Report of the Indian Hemp Drugs Commission, 1894-1895 - Volume V
Year: 1894
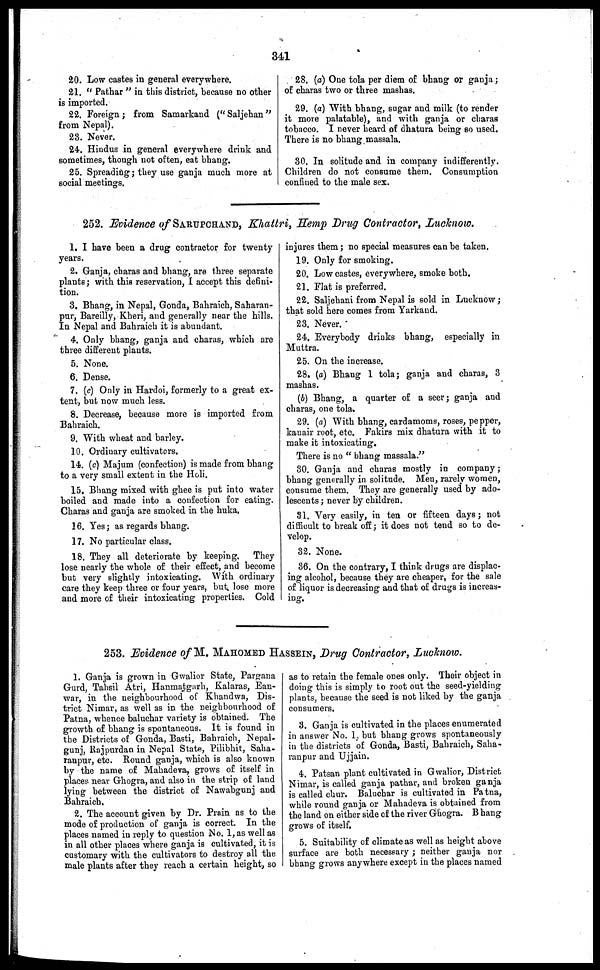
20. Low castes in general everywhere.
21. "Pathar" in this district, because no other
is imported.
22. Foreign ; from Samarkand ("Saljehan"
from Nepal).
28. Never.
24. Hindus in general everywhere drink and
sometimes, though not often, eat bhang.
25. Spreading ; they use ganja much more at
social meetings.
28. (a) One tola per diem of bhang or ganja ;
of charas two or three mashas.
29. (a) With bhang, sugar and milk (to render
it more palatable), and with ganja or charas
tobacco. I never heard of dhatura being so used.
There is no bhang massala.
30. In solitude and in company indifferently.
Children do not consume them. Consumption
confined to the male sex.
252. Evidence of SARUPCHAND, Khattri, Hemp Drug Contractor, Lucknow.
1. I have been a drug contractor for twenty
years.
2. Ganja, charas and bhang, are three separate
plants ; with this reservation, I accept this defini-
tion.
3. Bhang, in Nepal, Gonda, Bahraich, Saharan-
pur, Bareilly, Kheri, and generally near the hills.
In Nepal and Bahraich it is abundant.
4. Only bhang, ganja and charas, which are
three different plants.
5. None.
6. Dense.
7. (c) Only in Hardoi, formerly to a great ex-
tent, but now much less.
8. Decrease, because more is imported from
Bahraich.
9. With wheat and barley.
10. Ordinary cultivators.
14. (c) Majum (confection) is made from bhang
to a very small extent in the Holi.
15. Bhang mixed with ghee is put into water
boiled and made into a confection for eating.
Charas and ganja are smoked in the huka.
16. Yes ; as regards bhang.
17. No particular class.
18. They all deteriorate by keeping. They
lose nearly the whole of their effect, and become
but very slightly intoxicating. With ordinary
care they keep three or four years, but. lose more
and more of their intoxicating properties. Cold
injures them ; no special measures can be taken.
19. Only for smoking.
20. Low castes, everywhere, smoke both.
21. Flat is preferred.
22. Saljehani from Nepal is sold in Lucknow ;
that sold here comes from Yarkand.
23. Never.
24. Everybody drinks bhang, especially in
Muttra.
25. On the increase.
28. (c) Bhang 1 tola; ganja and charas, 3
mashas.
(b) Bhang, a quarter of a seer ; ganja and
charas, one tola.
29. (a) With bhang, cardamoms, roses, pepper,
kanair root, etc. Fakirs mix dhatura with it to
make it intoxicating.
There is no "bhang massala."
30. Ganja and charas mostly in company ;
bhang generally in solitude. Men, rarely women,
consume them. They are generally used by ado-
lescents ; never by children.
81. Very easily, in ten or fifteen days ; not
difficult to break off ; it does not tend so to de-
velop.
32. None.
36. On the contrary, I think drugs are displac-
ing alcohol, because they are cheaper, for the sale
of liquor is decreasing and that of drugs is increas-
ing.
253. Evidence of M. MAHOMEND HASSEIN, Drug Contractor, Lucknow.
1. Ganja is grown in Gwalior State, Pargana
Gurd, Tahsil Atri, Hanmatgarh, Kalaras, Ean-
war, in the neighbourhood of Khandwa, Dis-
trict Nimar, as well as in the neighbourhood of
Patna, whence baluchar variety is obtained. The
growth of bhang is spontaneous. It is found in
the Districts of Gonda, Basti, Bahraich, Nepal-
gunj, Rajpurdan in Nepal State, Pilibhit, Saha-
ranpur, etc. Round ganja, which is also known
by the name of Mahadeva, grows of itself in
places near Ghogra, and also in the strip of land
lying between the district of Nawabgunj and
Bahraich.
2. The account given by Dr. Prain as to the
mode of production of ganja is correct. In the
places named in reply to question No. 1, as well as
in all other places where ganja is cultivated, it is
customary with the cultivators to destroy all the
male plants after they reach a certain height, so
as to retain the female ones only. Their object in
doing this is simply to root out the seed-yielding
plants, because the seed is not liked by the ganja
consumers.
3. Ganja is cultivated in the places enumerated
in answer No. 1, but bhang grows spontaneously
in the districts of Gonda, Basti, Bahraich, Saha-
ranpur and Ujjain.
4. Patsan plant cultivated in Gwalior, District
Nimar, is called ganja pathar, and broken ganja
is called chur. Baluchar is cultivated in Patna,
while round ganja or Mahadeva is obtained from
the land on either side of the river Ghogra. Bhang
grows of itself.
5. Suitability of climate as well as height above
surface are both necessary ; neither ganja nor
bhang grows anywhere except in the places named